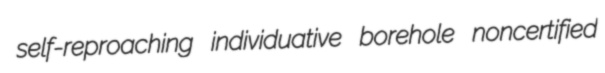
self-reproaching individuative borehole noncertified